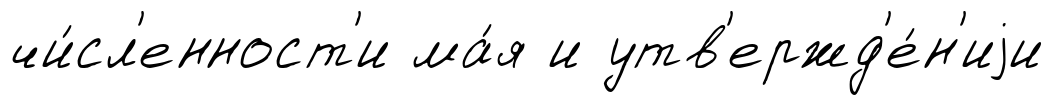
чи́сл'енност'и ма́я и утв'ержд'е́н'иjи